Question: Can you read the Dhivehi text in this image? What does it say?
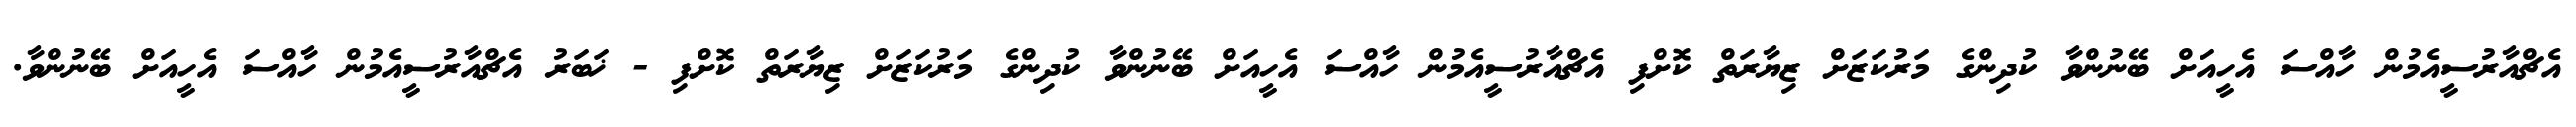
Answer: އެޗްއާރުސީއެމުން ހާއްސަ އެހީއަށް ބޭނުންވާ ކުދިންގެ މަރުކަޒަށް ޒިޔާރަތް ކޮށްފި އެޗްއާރުސީއެމުން ހާއްސަ އެހީއަށް ބޭނުންވާ ކުދިންގެ މަރުކަޒަށް ޒިޔާރަތް ކޮށްފި - ޚަބަރު އެޗްއާރުސީއެމުން ހާއްސަ އެހީއަށް ބޭނުންވާ.